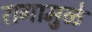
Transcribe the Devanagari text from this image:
रागामुळे